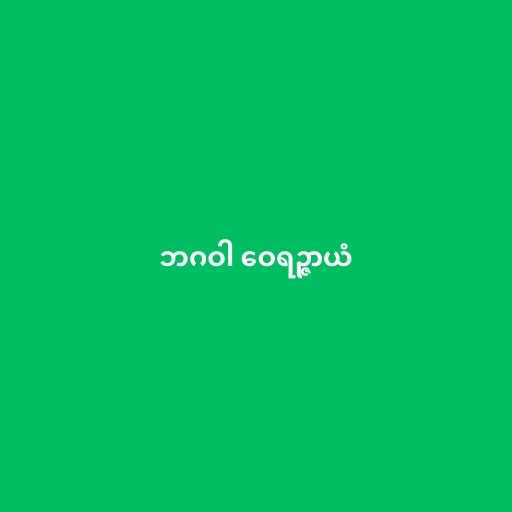
ဘဂဝါ ဝေရဉ္ဇာယံ